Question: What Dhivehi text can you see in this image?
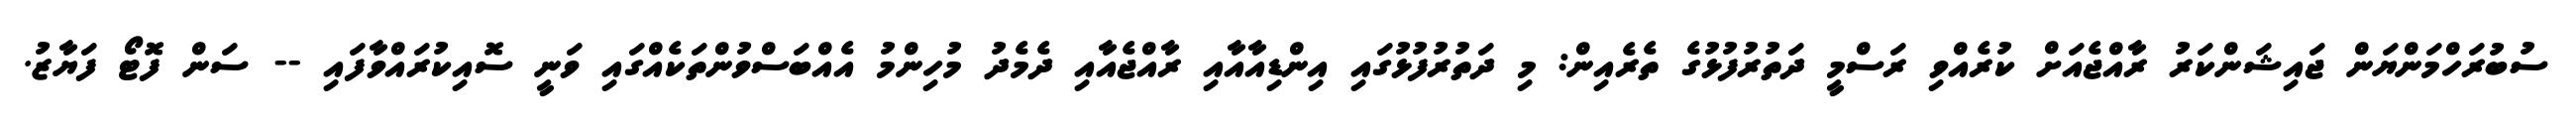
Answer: ސުބުރަހްމަންޔަން ޖައިޝަންކަރު ރާއްޖެއަށް ކުރެއްވި ރަސްމީ ދަތުރުފުޅުގެ ތެރެއިން: މި ދަތުރުފުޅުގައި އިންޑިއާއާއި ރާއްޖެއާއި ދެމެދު މުހިންމު އެއްބަސްވުންތަކެއްގައި ވަނީ ސޮއިކުރައްވާފައި -- ސަން ފޮޓޯ ފަޔާޒު.